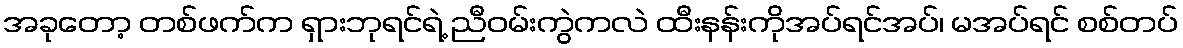
အခုတော့ တစ်ဖက်က ရှားဘုရင်ရဲ့ ညီဝမ်းကွဲကလဲ ထီးနန်းကိုအပ်ရင်အပ်၊ မအပ်ရင် စစ်တပ်